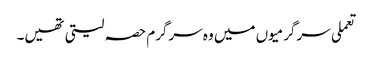
تعملی سرگرمیوں میں وہ سرگرم حصہ لیتی تھیں۔